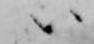
ハ